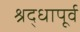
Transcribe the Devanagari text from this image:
श्रद्धापूर्व